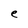
Character: e